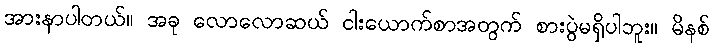
အားနာပါတယ်။ အခု လောလောဆယ် ငါးယောက်စာအတွက် စားပွဲမရှိပါဘူး။ မိနစ်